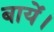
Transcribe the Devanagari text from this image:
बायें।